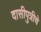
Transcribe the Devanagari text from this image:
दासीपुत्रीचे